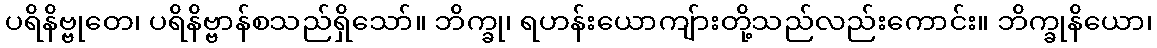
ပရိနိဗ္ဗုတေ၊ ပရိနိဗ္ဗာန်စသည်ရှိသော်။ ဘိက္ခု၊ ရဟန်းယောကျ်ားတို့သည်လည်းကောင်း။ ဘိက္ခုနိယော၊